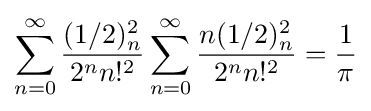
\sum _{n=0}^{\infty }{\frac {(1/2)_{n}^{2}}{2^{n}n!^{2}}}\sum _{n=0}^{\infty }{\frac {n(1/2)_{n}^{2}}{2^{n}n!^{2}}}={\frac {1}{\pi }}